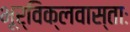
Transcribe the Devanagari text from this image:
भूर्विक्लवास्ताः